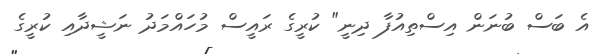
އެ ބަސް ބުނަން އިސްތިއުފާ ދިނީ" ކުރީގެ ރައީސް މުހައްމަދު ނަޝީދާއި ކުރީގެ